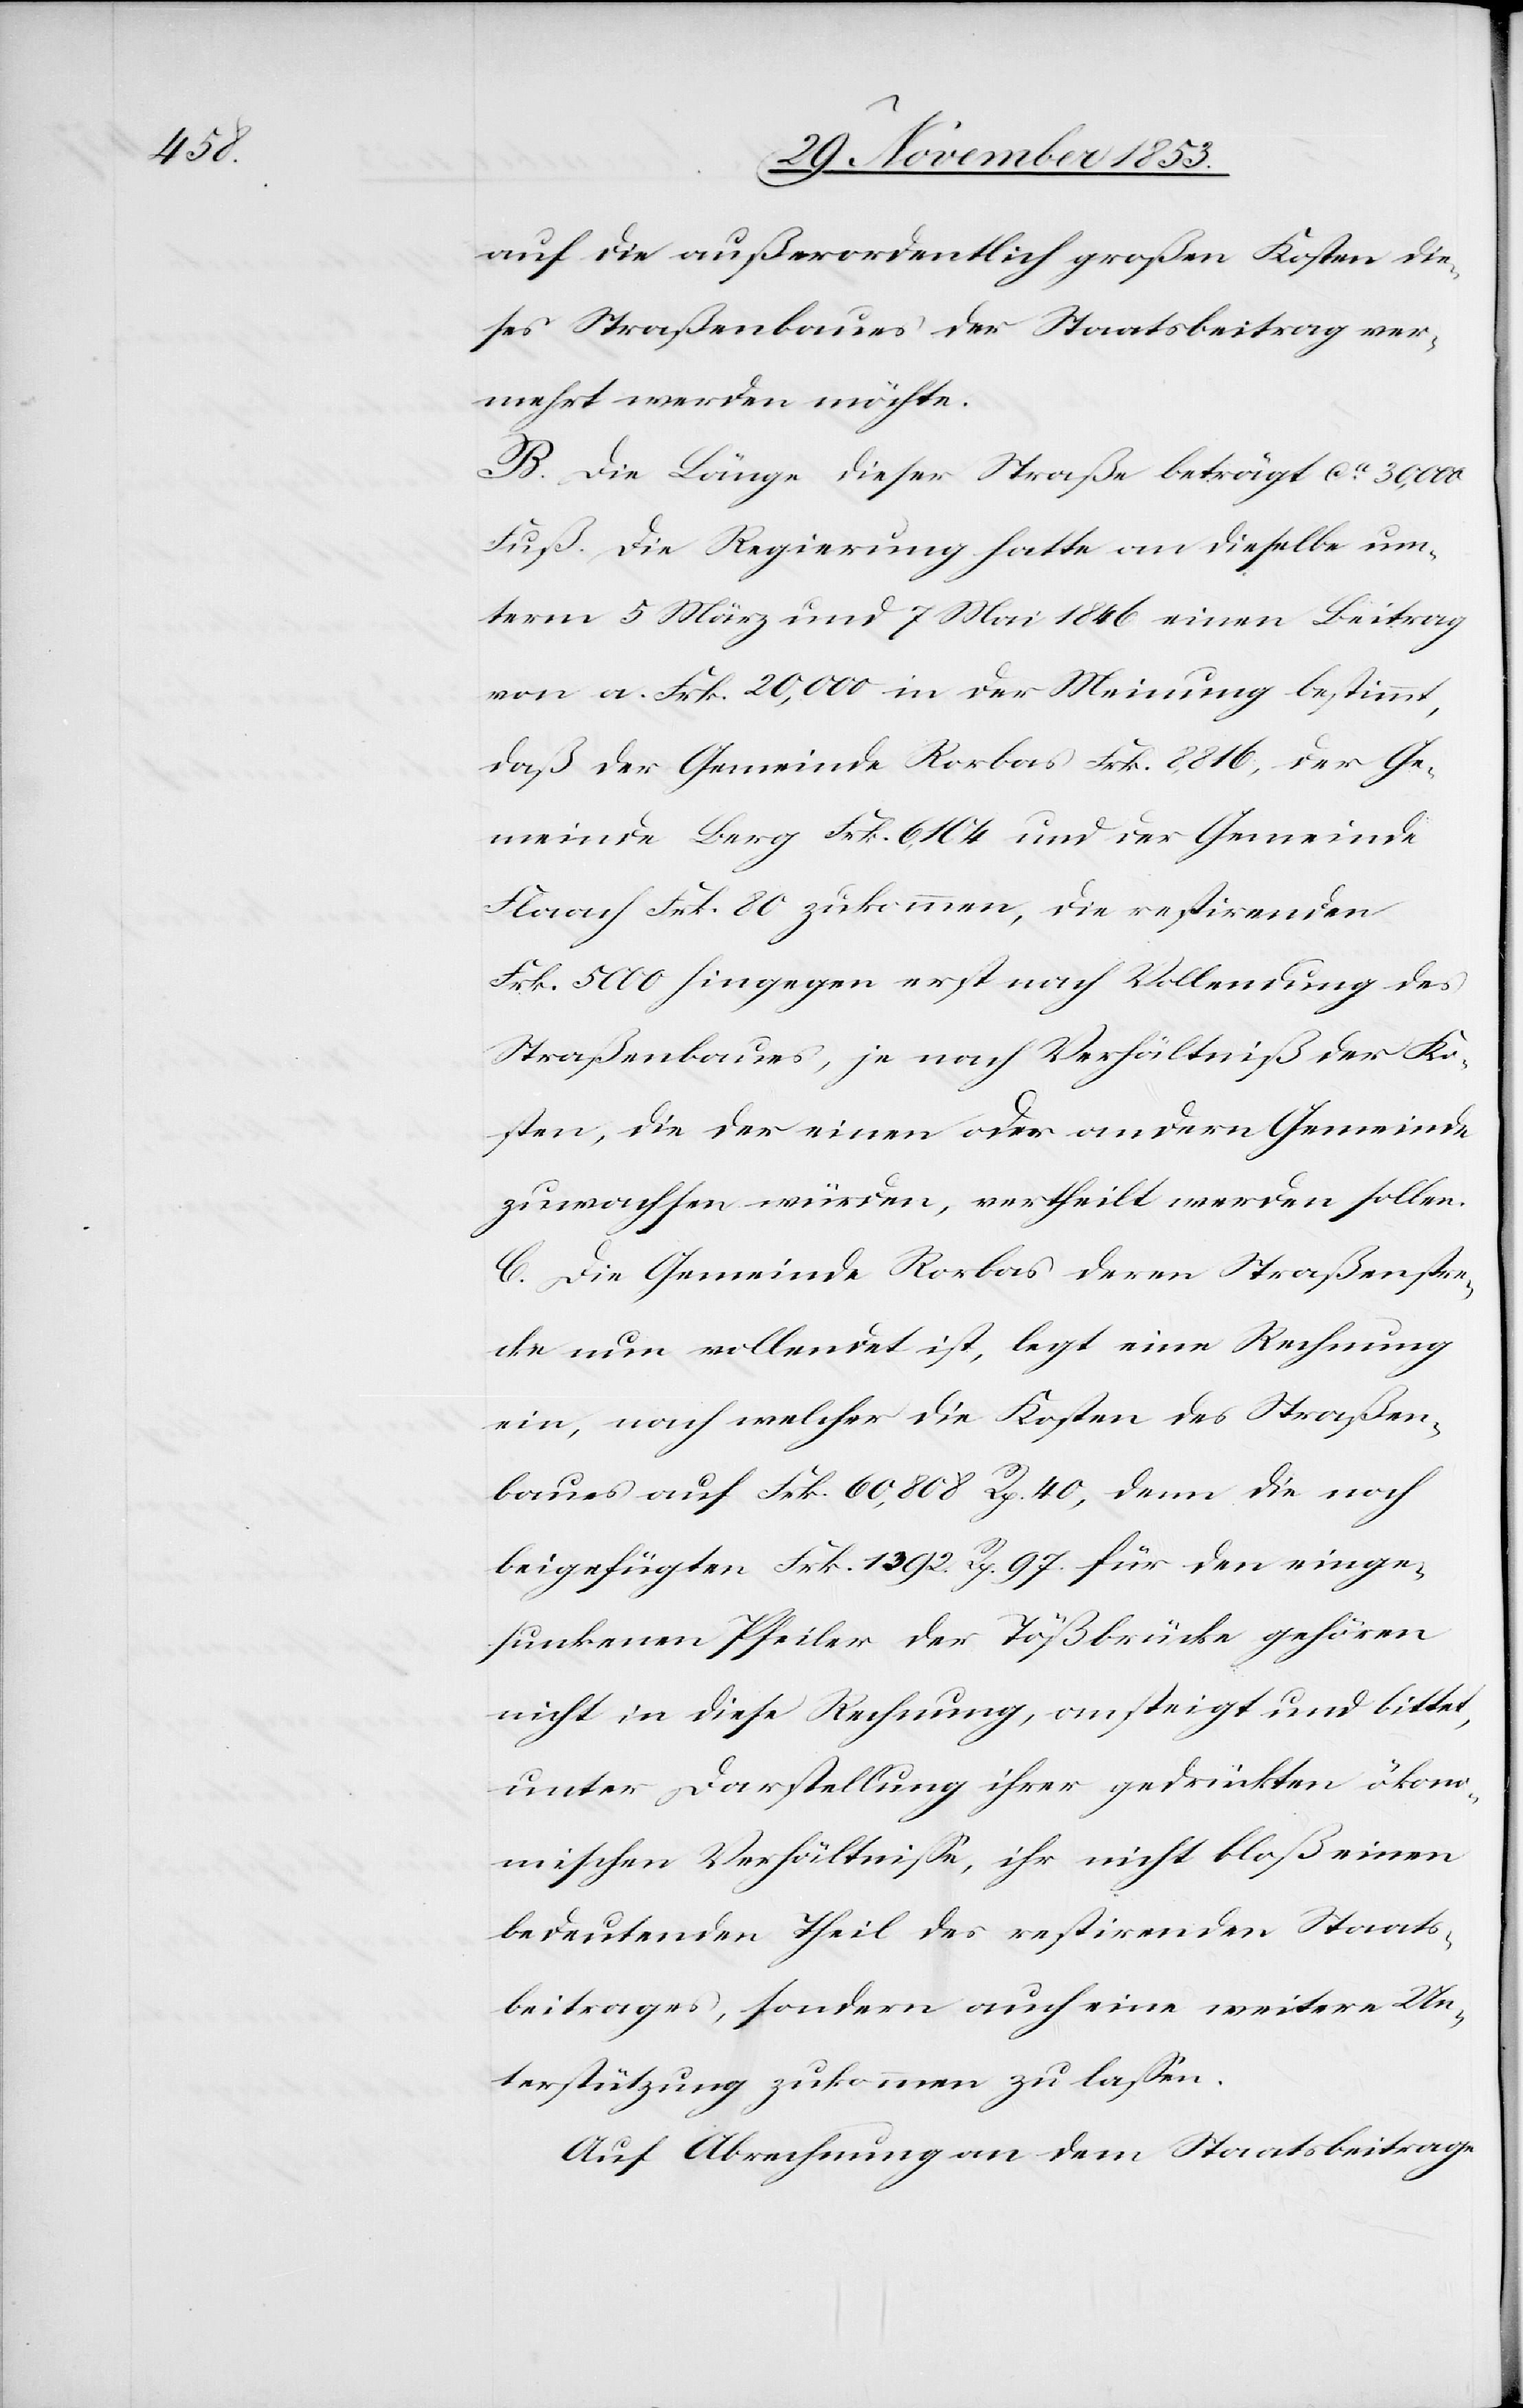
auf die außerordentlich großen Kosten die¬
ses Straßenbaues der Staatsbeitrag ver¬
mehrt werden möchte.
B. Die Länge dieser Straße beträgt ca 30,000
Fuß. Die Regierung hatte an dieselbe un¬
term 5 März und 7 Mai 1846 einen Beitrag
von a. Frk. 20,000 in der Meinung bestimmt,
daß der Gemeinde Rorbas Frk. 8,816, der Ge¬
meinde Berg Frk. 6,104 und der Gemeinde
Flaach Frk. 80 zukommen, die restirenden
Frk. 5000 hingegen erst nach Vollendung des
Straßenbaues, je nach Verhältniß der Ko¬
sten, die der einen oder andern Gemeinde
zuwachsen würden vertheilt werden sollen.
C. Die Gemeinde Rorbas deren Straßenstre¬
cke nun vollendet ist, legt eine Rechnung
ein, nach welcher die Kosten des Straßen¬
baues auf Frk. 60,808 Rp. 40, denn die noch
beigefügten Frk. 1392. Rp. 97. für den einge¬
sunkenen Pfeiler der Tößbrücke gehören
nicht in diese Rechnung, ansteigt und bittet,
unter Darstellung ihrer gedrückten ökono¬
mischen Verhältnisse, ihr nicht bloß einen
bedeutenden Theil des restirenden Staats¬
beitrages, sondern auch eine weitere Un¬
terstützung zukommen zu lassen.
Auf Abrechnung an dem Staatsbeitrage